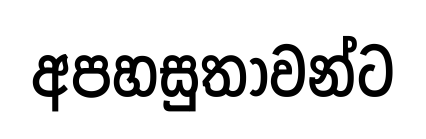
අපහසුතාවන්ට